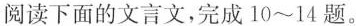
阅读下面的文言文，完成10~14题。